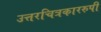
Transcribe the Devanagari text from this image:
उत्तरचित्रकाररुपी